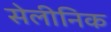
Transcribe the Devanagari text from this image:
सेलीनिक